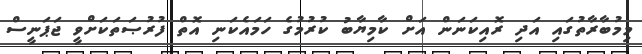
މިމުބާރާތުގައިި އަދި ރޮއިކަނަން އަށް ކާމިޔާބު ކުރުމުގެ ހަމައެކަނި އޮތް ފުރުޞަތަކަށްވީ ޖަޕަނީސް